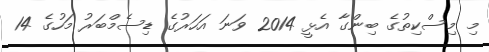
މި މިސްކިތުގެ ބިންގާ އެޅީ 2014 ވަނަ އަހަރުގެ ޑިސެމްބަރު މަހުގެ 14